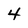
Character: 4